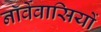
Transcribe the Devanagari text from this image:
नॉर्वेवासियों